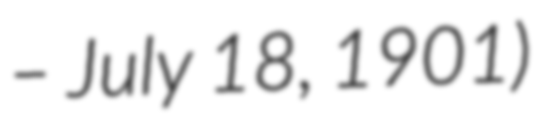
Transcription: – July 18, 1901)